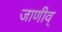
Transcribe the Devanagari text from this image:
जाणीव्